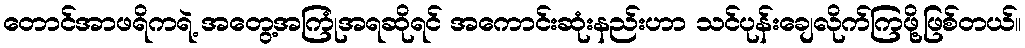
တောင်အာဖရိကရဲ့ အတွေ့အကြုံအရဆိုရင် အကောင်းဆုံးနည်းဟာ သင်ပုန်းချေလိုက်ကြဖို့ဖြစ်တယ်။